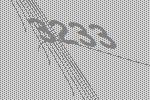
3233